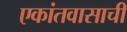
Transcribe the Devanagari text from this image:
एकांतवासाची